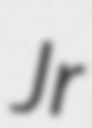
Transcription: Jr